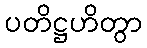
ပတိဋ္ဌဟိတွာ